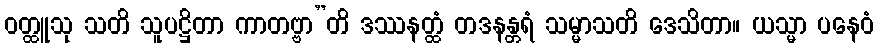
ဝတ္ထူသု သတိ သူပဋ္ဌိတာ ကာတဗ္ဗာ”တိ ဒဿနတ္ထံ တဒနန္တရံ သမ္မာသတိ ဒေသိတာ။ ယသ္မာ ပနေဝံ